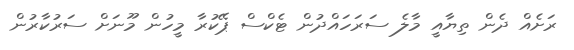
ރަށެއް ދެން ތިޔާއީ މާލެ ސަރަހައްދުން ޓެކްސް ޕޭކުރާ މީހުން މޫނަށް ސަރުކާރުން